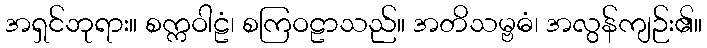
အရှင်ဘုရား။ စက္ကဝါဠံ၊ စကြဝဠာသည်။ အတိသမ္ဗဓံ၊ အလွန်ကျဉ်း၏။